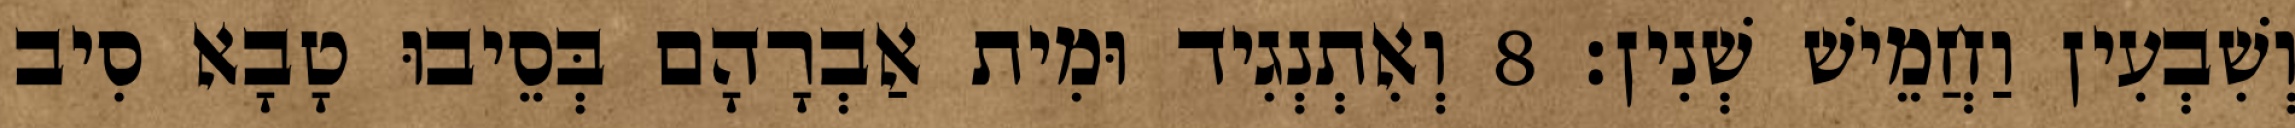
וְשִׁבְעִין וַחֲמֵישׁ שְׁנִין׃ 8 וְאִתְנְגִיד וּמִית אַבְרָהָם בְּסֵיבוּ טָבָא סִיב